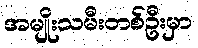
အမျိုးသမီးတစ်ဦးမှာ